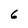
Character: 6